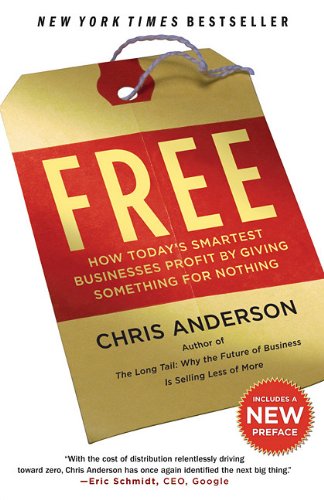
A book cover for Free: How Today's Smartest Businesses Profit by Giving Something for Nothing; Chris Anderson; Business & Money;